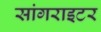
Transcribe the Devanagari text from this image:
सांगराइटर